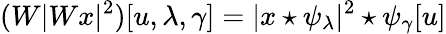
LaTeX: (W|Wx|^{2})[u,\lambda,\gamma]=|x\star\psi_{\lambda}|^{2}\star\psi_{\gamma}[u]